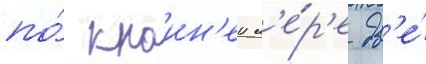
по́ краин'еи м'е́р'е дв'е́